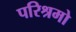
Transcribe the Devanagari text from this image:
परिश्रमो